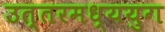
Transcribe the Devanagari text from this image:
उत्तरमध्ययुग